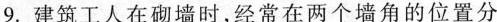
9.建筑工人在砌墙时，经常在两个墙角的位置分